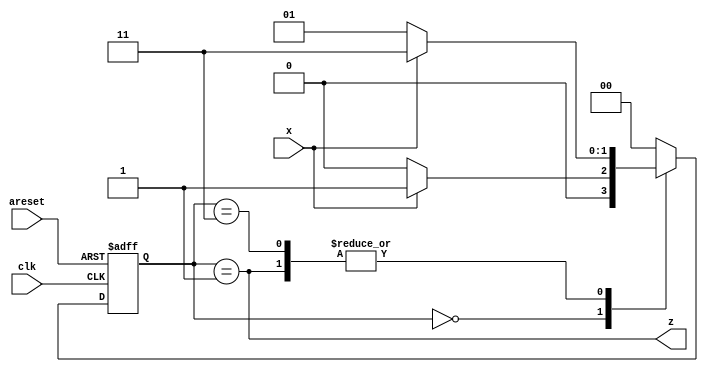
module top_module (
    input clk,
    input areset,
    input x,
    output z
); 
    
    parameter S0 = 2'd0;
    parameter S1 = 2'd1;
    parameter S2 = 2'd3;
    reg [1:0] state, next_state;
    
    always @(*) begin
        case (state)
            S0: next_state = x? S1 : S0;
            S1: next_state = x? S2 : S1;
            S2: next_state = x? S2 : S1;
            default: next_state = S0;
        endcase
    end
    
    always @(posedge clk or posedge areset) begin
        if (areset)
            state <= S0;
        else
            state <= next_state;
    end
    
    assign z = state == S1;

endmodule